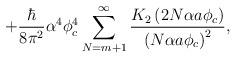
LaTeX: \begin{align*}+ \frac{\hbar}{8\pi^{2}}\alpha^{4}\phi_{c}^{4}\sum_{N=m+1}^{\infty}\frac{K_{2}\left( 2N \alpha a\phi_{c}\right)}{\left( N\alpha a\phi _{c}\right) ^{2}},\end{align*}